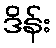
ဒိန်း